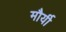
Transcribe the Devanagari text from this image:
मौर्यी